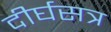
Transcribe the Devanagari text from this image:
दीर्घसत्र